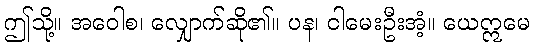
ဤသို့။ အဝေါစ၊ လျှောက်ဆို၏။ ပန၊ ငါမေးဦးအံ့။ ယေဣမေ